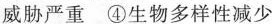
威胁严重④生物多样性减少